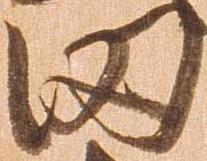
田